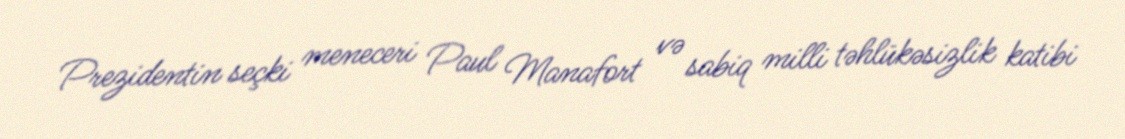
Prezidentin seçki meneceri Paul Manafort və sabiq milli təhlükəsizlik katibi